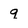
Character: q